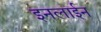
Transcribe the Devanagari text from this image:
इनलाईन